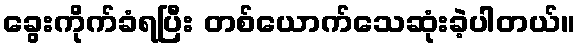
ခွေးကိုက်ခံရပြီး တစ်ယောက်သေဆုံးခဲ့ပါတယ်။